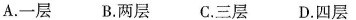
A. 一层 B. 两层 C. 三层 D. 四层